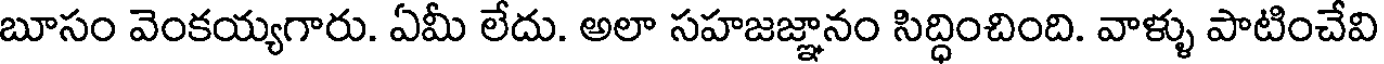
బూసం వెంకయ్యగారు. ఏమీ లేదు. అలా సహజజ్ఞానం సిద్ధించింది. వాళ్ళు పాటించేవి